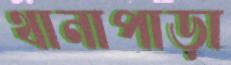
থানাপাড়া